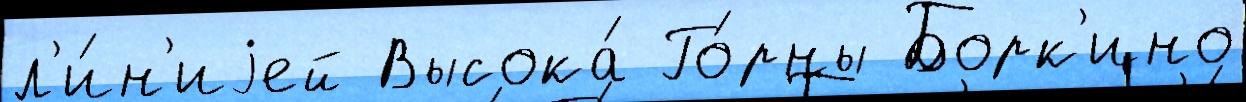
л'и́н'иjей Высока́ Го́рны Борк'ино